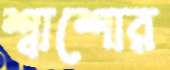
শ্বাশোর